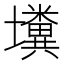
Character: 𡓴